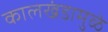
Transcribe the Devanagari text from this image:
कालखंडामुळे